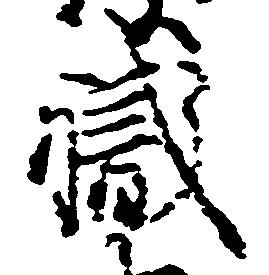
職